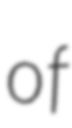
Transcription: of